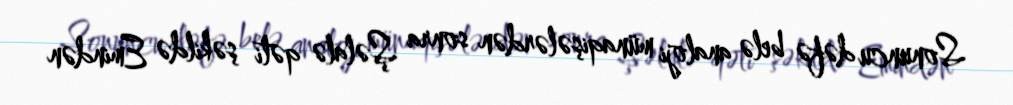
Sonuncu dəfə belə analoji münaqişələrdən sonra Şəlalə qəti şəkildə Emindən